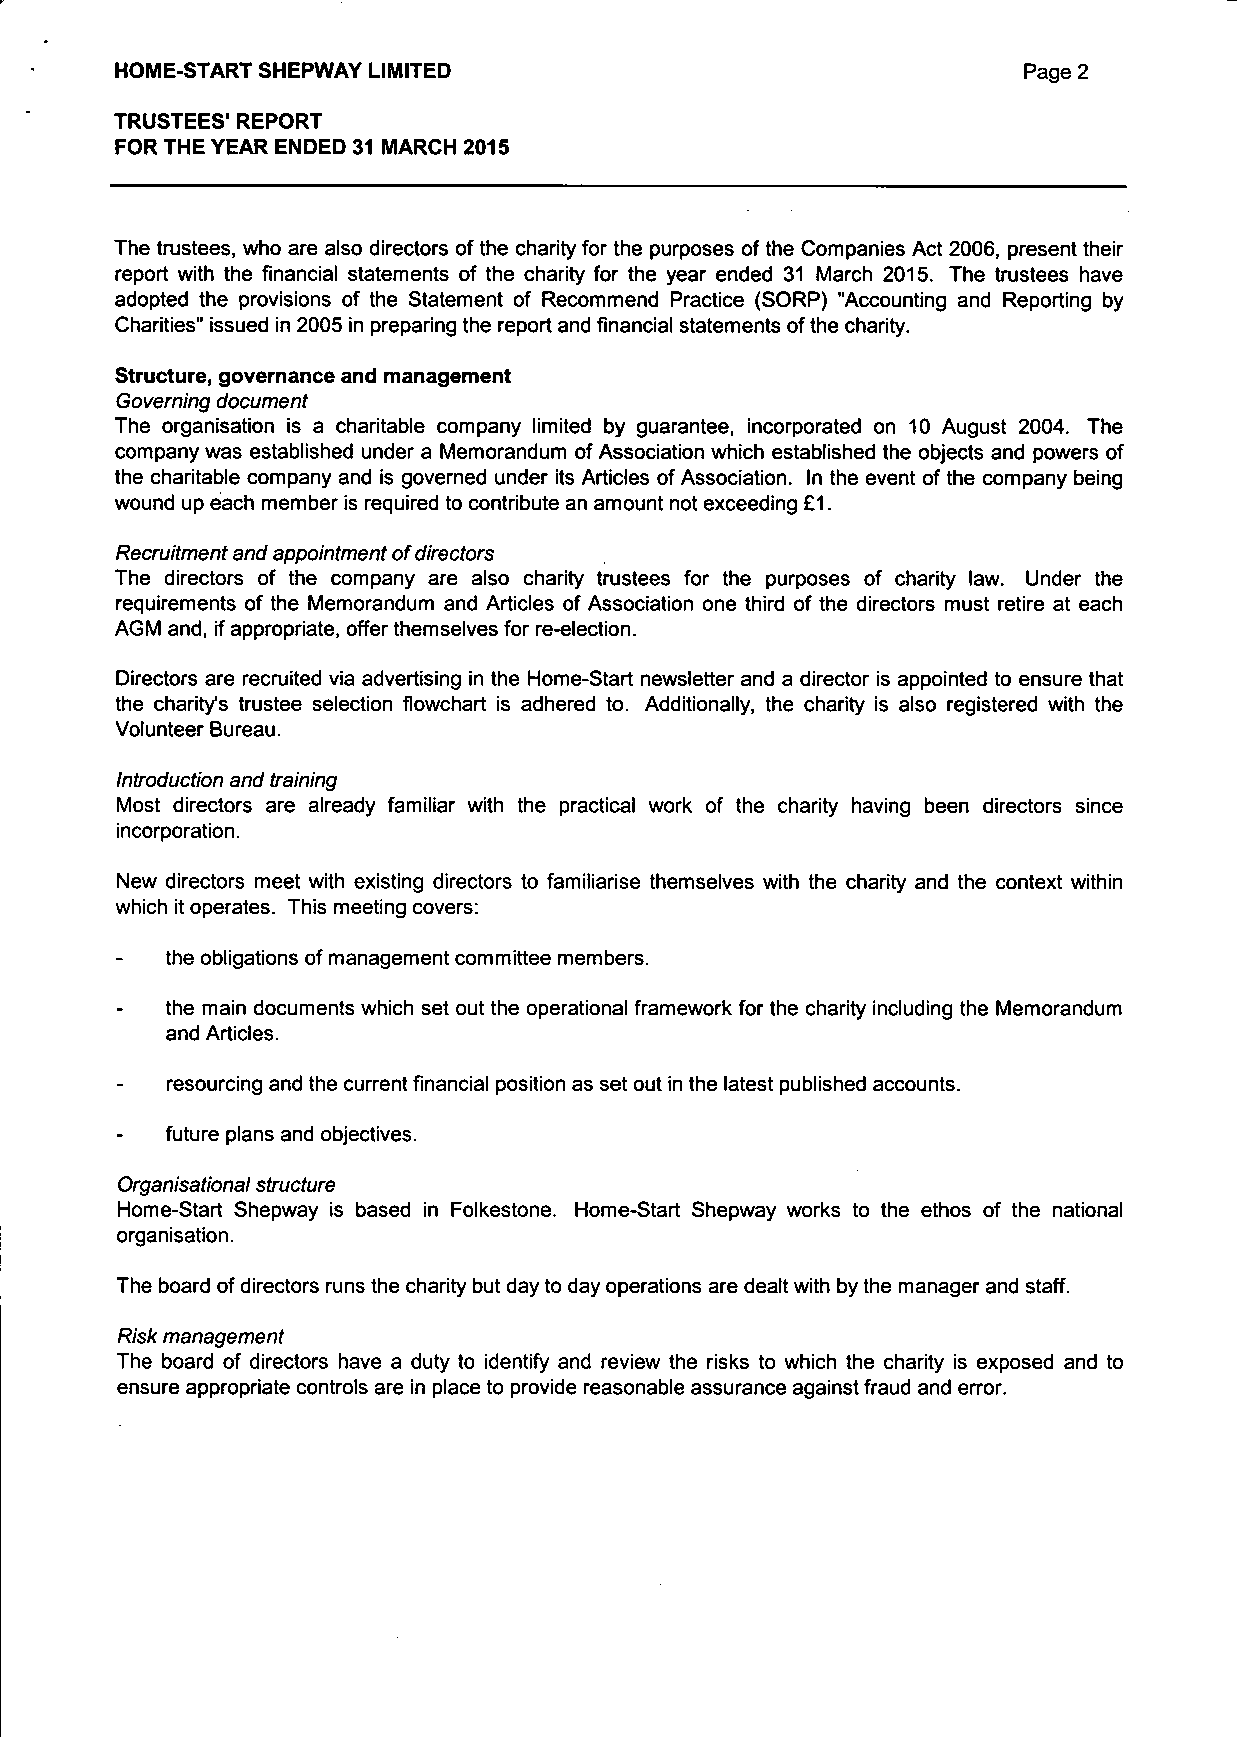
HOME-START SHEPWAY LIMITED                                  Page 2
 TRUSTEES' REPORT
 FOR THE YEAR ENDED 31 MARCH 2015
 The trustees, who are also directors of the charity for the purposes of the Companies Act 2006, present their
 report with the financial statements of the charity for the year ended 31 March 2015. The trustees have
 adopted the provisions of the Statement of Recommend Practice (SORP) "Accounting and Reporting by
 Charities" issued in 2005 in preparing the report and financial statements of the charity.
 Structure, governance and management
 Governing document
 The organisation is a charitable company limited by guarantee, incorporated on 10 August 2004. The
 company was established under a Memorandum of Association which established the objects and powers of
 the charitable company and is governed under its Articles of Association. In the event of the company being
 wound up each member is required to contribute an amount not exceeding £1.
 Recruitment and appointment of directors
 The directors of the company are also charity trustees for the purposes of charity law. Under the
 requirements of the Memorandum and Articles of Association one third of the directors must retire at each
 AGM and, if appropriate, offer themselves for re-election.
 Directors are recruited via advertising in the Home-Start newsletter and a director is appointed to ensure that
 the charity's trustee selection flowchart is adhered to. Additionally, the charity is also registered with the
 Volunteer Bureau.
 Introduction and training
 Most directors are already familiar with the practical work of the charity having been directors since
 incorporation.
 New directors meet with existing directors to familiarise themselves with the charity and the context within
 which it operates. This meeting covers:
 the obligations of management committee members.
 the main documents which set out the operational framework for the charity including the Memorandum
 and Articles.
 resourcing and the current financial position as set out in the latest published accounts,
 future plans and objectives.
 Organisational structure
 Home-Start Shepway is based in Folkestone. Home-Start Shepway works to the ethos of the national
 organisation.
 The board of directors runs the charity but day to day operations are dealt with by the manager and staff.
 Risk management
 The board of directors have a duty to identify and review the risks to which the charity is exposed and to
 ensure appropriate controls are in place to provide reasonable assurance against fraud and error.